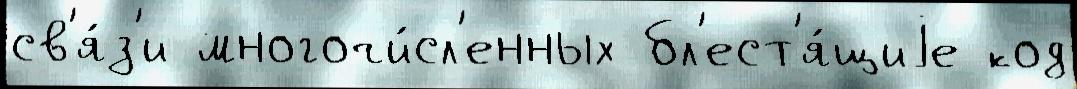
св'я́з'и многочи́сл'енных бл'ест'я́щиjе код